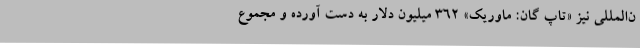
ن‌المللی نیز «تاپ گان: ماوریک» ۳۶۲ میلیون دلار به دست آورده و مجموع